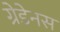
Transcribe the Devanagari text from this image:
ग्रेडेनस